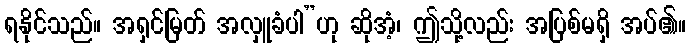
ရနိုင်သည်။ အရှင်မြတ် အလှူခံပါ”ဟု ဆိုအံ့၊ ဤသို့လည်း အပြစ်မရှိ အပ်၏။